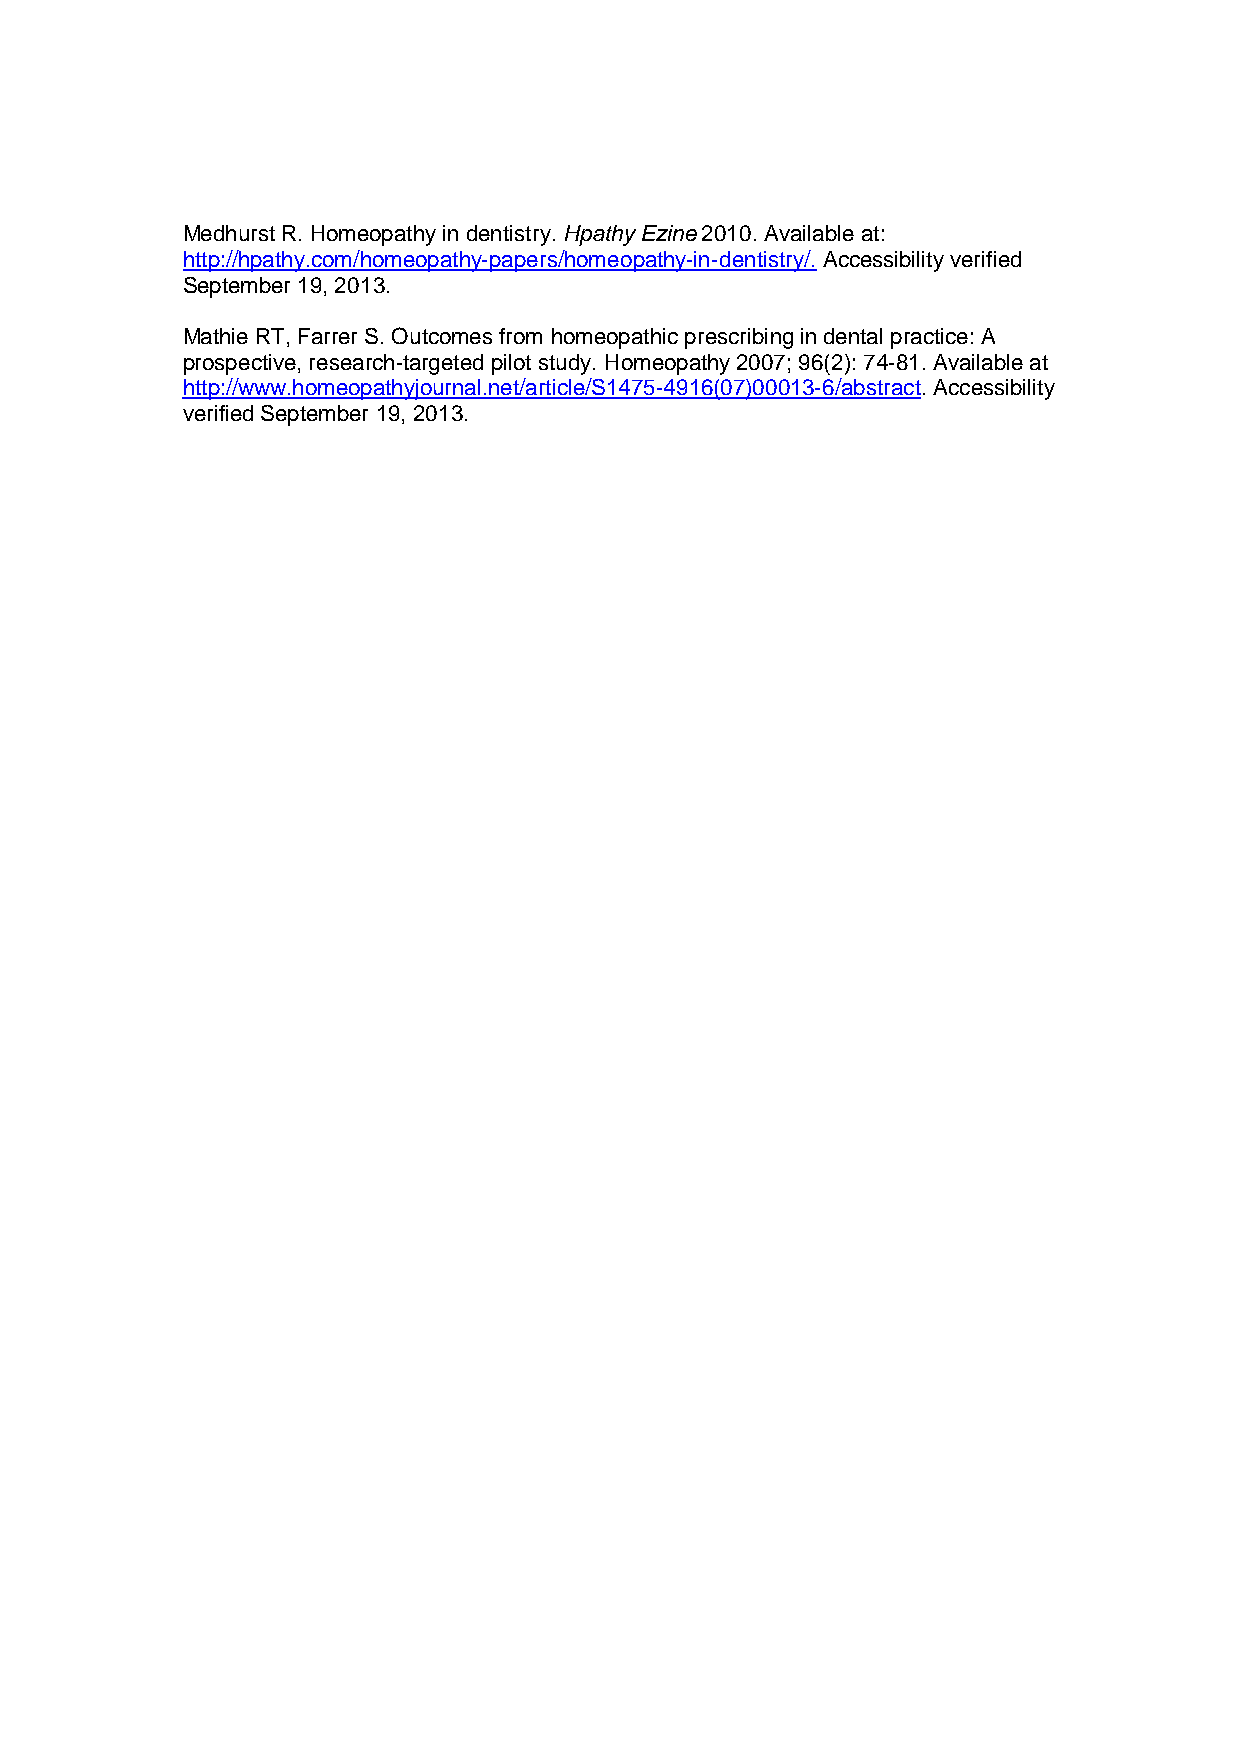
Medhurst R. Homeopathy in dentistry. Hpathy Ezine 2010. Available at:
 http://hpathy.com/homeopathy-papers/homeopathy-in-dentistry/. Accessibility verified
 September 19, 2013.
 Mathie RT, Farrer S. Outcomes from homeopathic prescribing in dental practice: A
 prospective, research-targeted pilot study. Homeopathy 2007; 96(2): 74-81. Available at
 http://www.homeopathyjournal.net/article/S1475-4916(07)00013-6/abstract. Accessibility
 verified September 19, 2013.